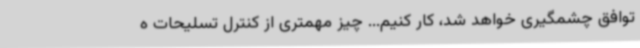
توافق چشمگیری خواهد شد، کار کنیم... چیز مهمتری از کنترل تسلیحات ه